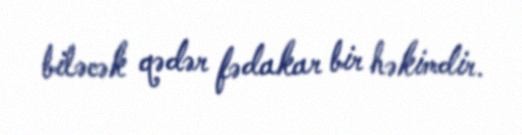
biləcək qədər fədakar bir həkimdir.